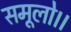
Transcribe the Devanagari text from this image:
समूलो।।